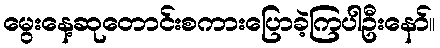
မွေးနေ့ဆုတောင်းစကားပြောခဲ့ကြပါဦးနော်။